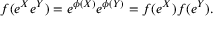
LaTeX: f ( e ^ { X } e ^ { Y } ) = e ^ { \phi ( X ) } e ^ { \phi ( Y ) } = f ( e ^ { X } ) f ( e ^ { Y } ) .